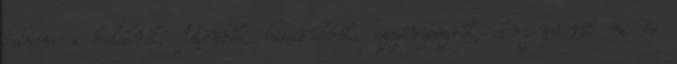
hanem a halálról, Istenről, háborúkról, szegénységről, elnyomásról na és